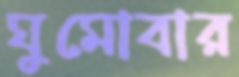
ঘুমোবার